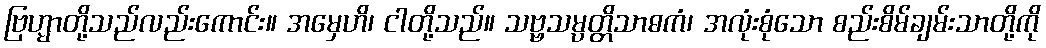
ဗြဟ္မာတို့သည်လည်းကောင်း။ အမှေဟိ၊ ငါတို့သည်။ သဗ္ဗသမ္ပတ္တိသာဓကံ၊ အလုံးစုံသော စည်းစိမ်ချမ်းသာတို့ကို